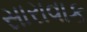
સારાવાક